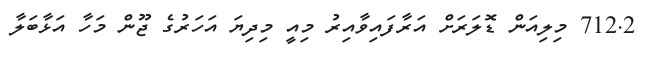
712.2 މިލިއަން ޑޮލަރަށް އަރާފައިވާއިރު މިއީ މިދިޔަ އަހަރުގެ ޖޫން މަހާ އަޅާބަލާ